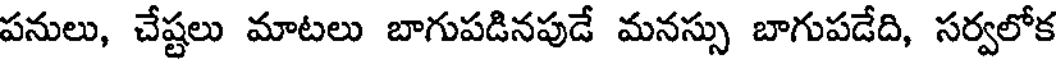
పనులు, చేష్టలు మాటలు బాగుపడినపుడే మనస్సు బాగుపడేది, సర్వలోక